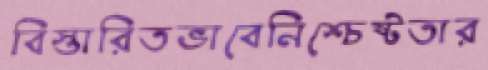
বিস্তারিতভাবেনিশ্চেষ্টতার